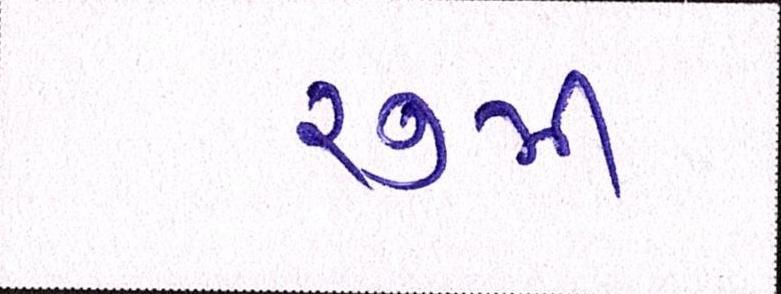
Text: ૨૭મી